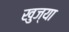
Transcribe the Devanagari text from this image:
खुज्या